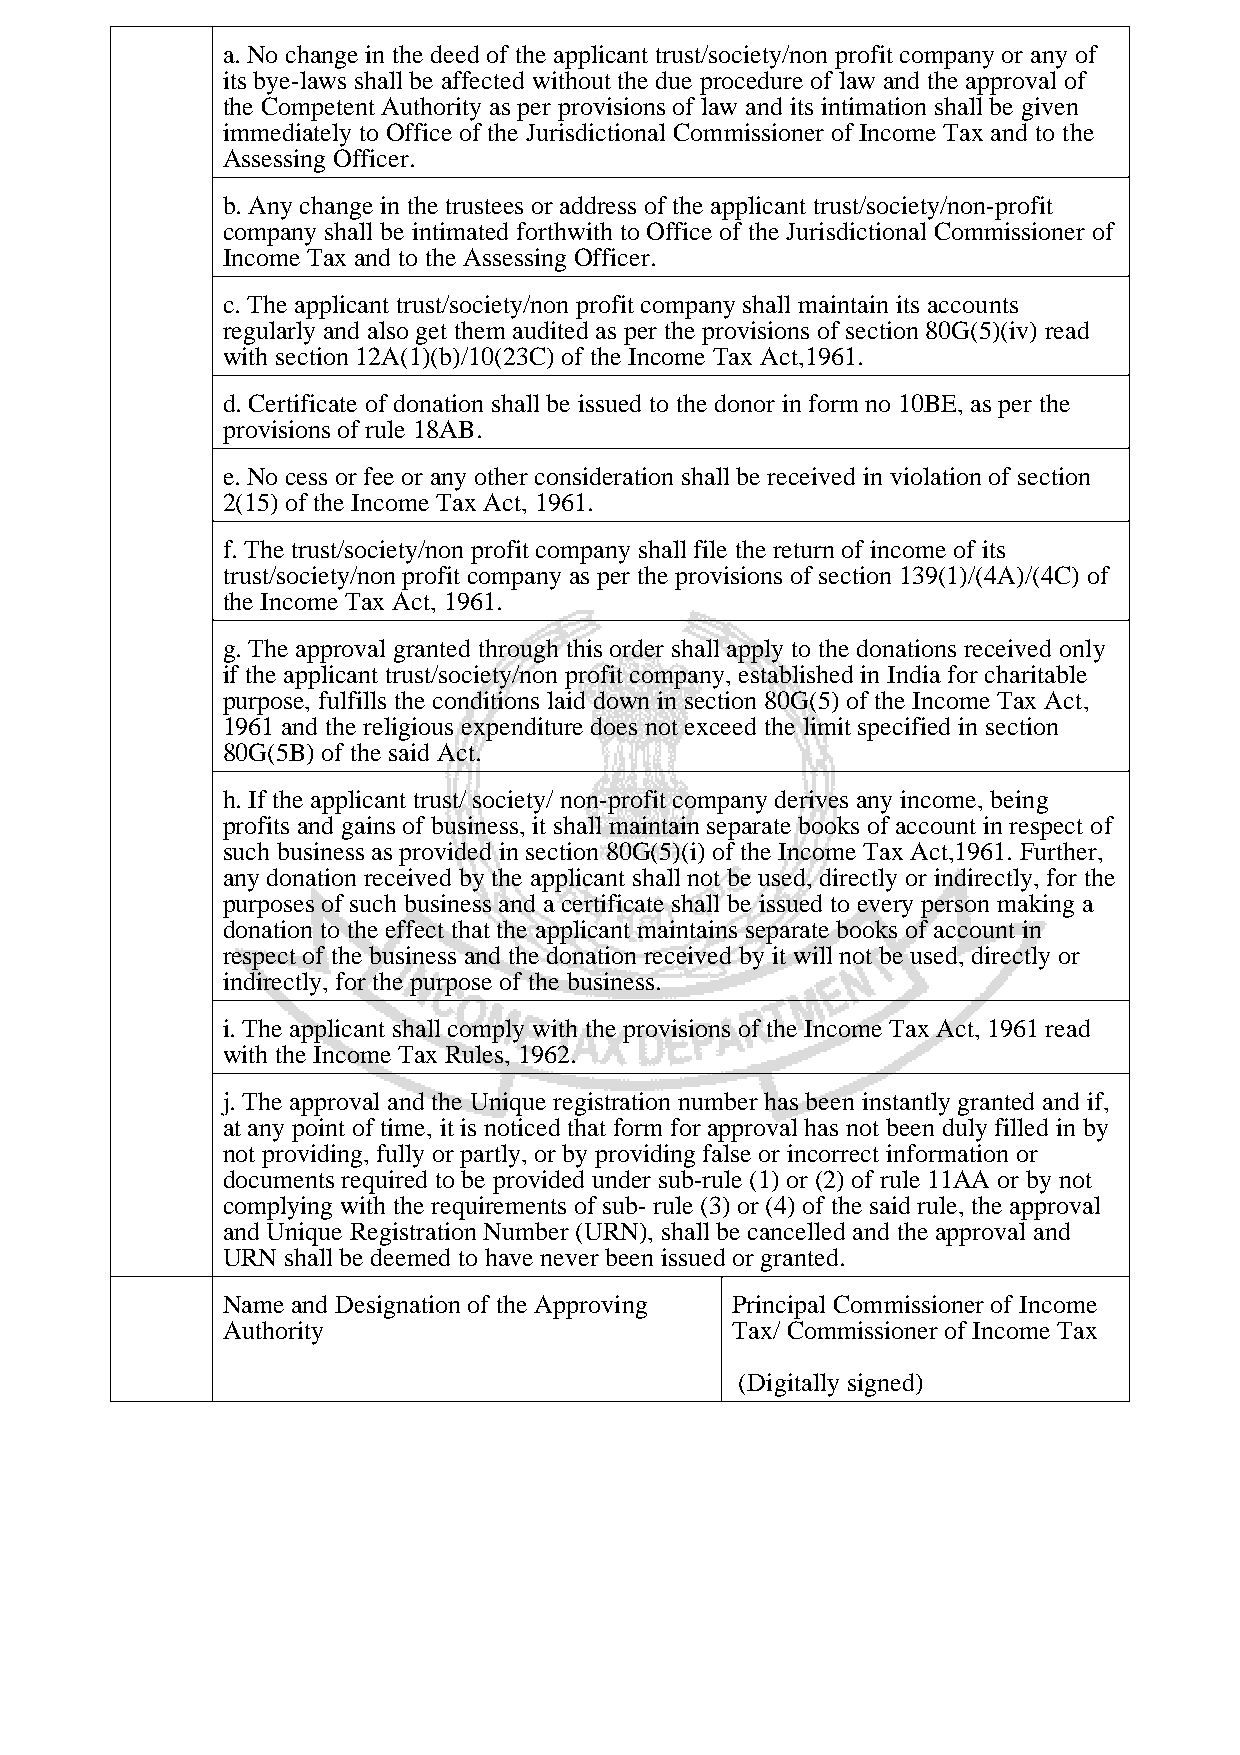
a. No change in the deed of the applicant trust/society/non profit company or any of
 its bye-laws shall be affected without the due procedure of law and the approval of
 the Competent Authority as per provisions of law and its intimation shall be given
 immediately to Office of the Jurisdictional Commissioner of Income Tax and to the
 Assessing Officer.
 b. Any change in the trustees or address of the applicant trust/society/non-profit
 company shall be intimated forthwith to Office of the Jurisdictional Commissioner of
 Income Tax and to the Assessing Officer.
 c. The applicant trust/society/non profit company shall maintain its accounts
 regularly and also get them audited as per the provisions of section 80G(5)(iv) read
 with section 12A(1)(b)/10(23C) of the Income Tax Act,1961.
 d. Certificate of donation shall be issued to the donor in form no 10BE, as per the
 provisions of rule 18AB.
 e. No cess or fee or any other consideration shall be received in violation of section
 2(15) of the Income Tax Act, 1961.
 f. The trust/society/non profit company shall file the return of income of its
 trust/society/non profit company as per the provisions of section 139(1)/(4A)/(4C) of
 the Income Tax Act, 1961.
 g. The approval granted through this order shall apply to the donations received only
 if the applicant trust/society/non profit company, established in India for charitable
 purpose, fulfills the conditions laid down in section 80G(5) of the Income Tax Act,
 1961 and the religious expenditure does not exceed the limit specified in section
 80G(5B) of the said Act.
 h. If the applicant trust/ society/ non-profit company derives any income, being
 profits and gains of business, it shall maintain separate books of account in respect of
 such business as provided in section 80G(5)(i) of the Income Tax Act,1961. Further,
 any donation received by the applicant shall not be used, directly or indirectly, for the
 purposes of such business and a certificate shall be issued to every person making a
 donation to the effect that the applicant maintains separate books of account in
 respect of the business and the donation received by it will not be used, directly or
 indirectly, for the purpose of the business.
 i. The applicant shall comply with the provisions of the Income Tax Act, 1961 read
 with the Income Tax Rules, 1962.
 j. The approval and the Unique registration number has been instantly granted and if,
 at any point of time, it is noticed that form for approval has not been duly filled in by
 not providing, fully or partly, or by providing false or incorrect information or
 documents required to be provided under sub-rule (1) or (2) of rule 11AA or by not
 complying with the requirements of sub- rule (3) or (4) of the said rule, the approval
 and Unique Registration Number (URN), shall be cancelled and the approval and
 URN shall be deemed to have never been issued or granted.
 Name and Designation of the Approving Principal Commissioner of Income
 Authority                        Tax/ Commissioner of Income Tax
 (Digitally signed)